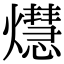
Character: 𤑡